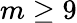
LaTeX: m\ge 9